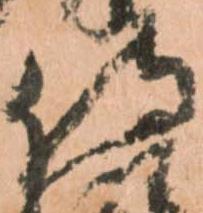
侍